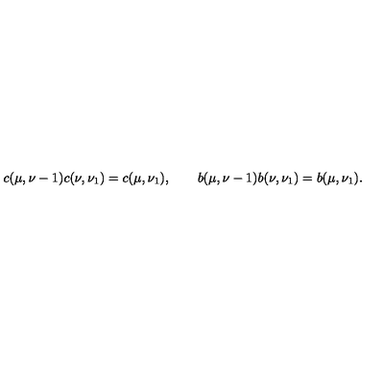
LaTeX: c ( \mu , \nu - 1 ) c ( \nu , \nu _ { 1 } ) = c ( \mu , \nu _ { 1 } ) , \qquad b ( \mu , \nu - 1 ) b ( \nu , \nu _ { 1 } ) = b ( \mu , \nu _ { 1 } ) .